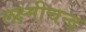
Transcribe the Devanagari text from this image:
लक्ष्मीचन्द्र